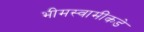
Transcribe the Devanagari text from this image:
भीमस्वामींकडे